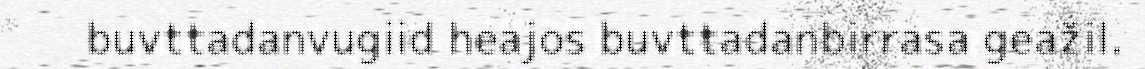
buvttadanvugiid heajos buvttadanbirrasa geažil.